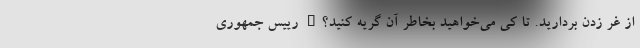
از غُر زدن بردارید. تا کی می‌خواهید بخاطر آن گریه کنید؟" رییس جمهوری